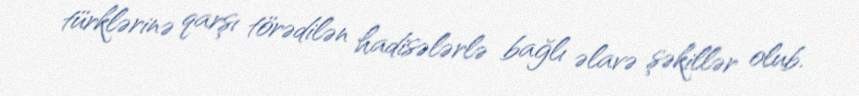
türklərinə qarşı törədilən hadisələrlə bağlı əlavə şəkillər olub.